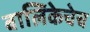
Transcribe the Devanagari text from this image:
बालिकेचेच